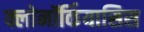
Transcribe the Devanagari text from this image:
क्लोनॉर्कियासिस